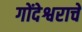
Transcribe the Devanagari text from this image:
गोंदेश्वराचे